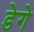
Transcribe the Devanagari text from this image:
डेगे